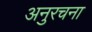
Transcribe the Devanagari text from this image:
अनुरचना